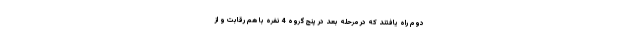
دوم راه یافتند که در مرحله بعد در پنج گروه 4 نفره با هم رقابت و از